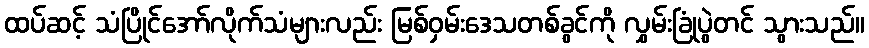
ထပ်ဆင့် သံပြိုင်အော်လိုက်သံများလည်း မြစ်ဝှမ်းဒေသတစ်ခွင်ကို လွှမ်းခြုံပွဲတင် သွားသည်။